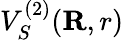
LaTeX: V_{S}^{(2)}({\mathbf R,r})